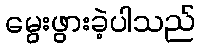
မွေးဖွားခဲ့ပါသည်